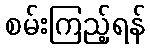
စမ်းကြည့်ရန်